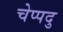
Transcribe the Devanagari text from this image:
चेप्पदु